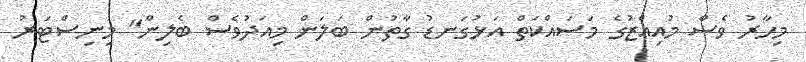
މިހާރު ވެސް މުއިއްޒުގެ މަސައްކަތް އަޅުގަނޑު ގާތުން ބަލަން މިއަދުވެސް ބެލިން" މިނިސްޓަރު